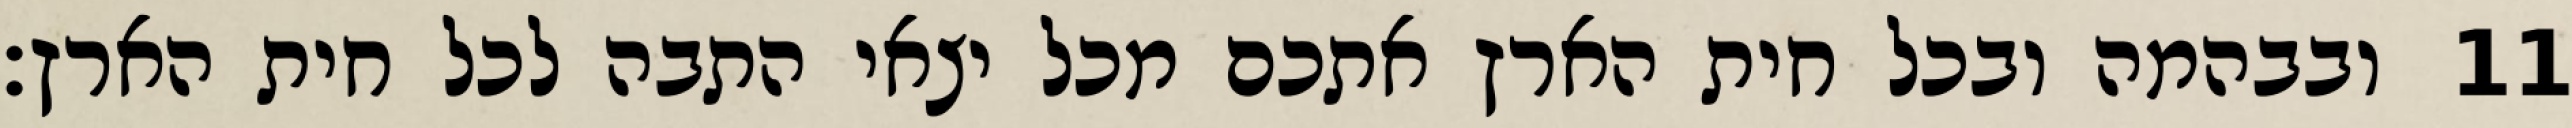
ובבהמה ובכל חית הארץ אתכם מכל יצאי התבה לכל חית הארץ׃ ‎11‏